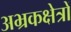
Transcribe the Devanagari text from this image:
अभ्रकक्षेत्रों